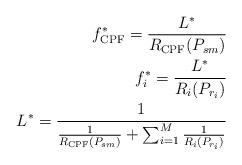
LaTeX: \begin{align*}f_{\mathrm{CPF}}^* = \frac{L^*}{R_{\mathrm{CPF}}(P_{sm})} \\f_i^* = \frac{L^*}{R_{i}(P_{r_i})} \\L^* = \frac{1}{\frac{1}{R_{\mathrm{CPF}}(P_{sm})}+\sum_{i=1}^{M}\frac{1}{R_{i}(P_{r_i})}} \end{align*}